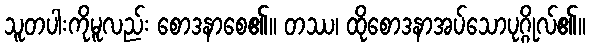
သူတပါးကိုမူလည်း စောဒနာစေ၏။ တဿ၊ ထိုစောဒနာအပ်သောပုဂ္ဂိုလ်၏။